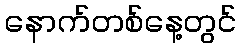
နောက်တစ်နေ့တွင်